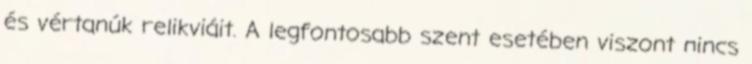
és vértanúk relikviáit. A legfontosabb szent esetében viszont nincs